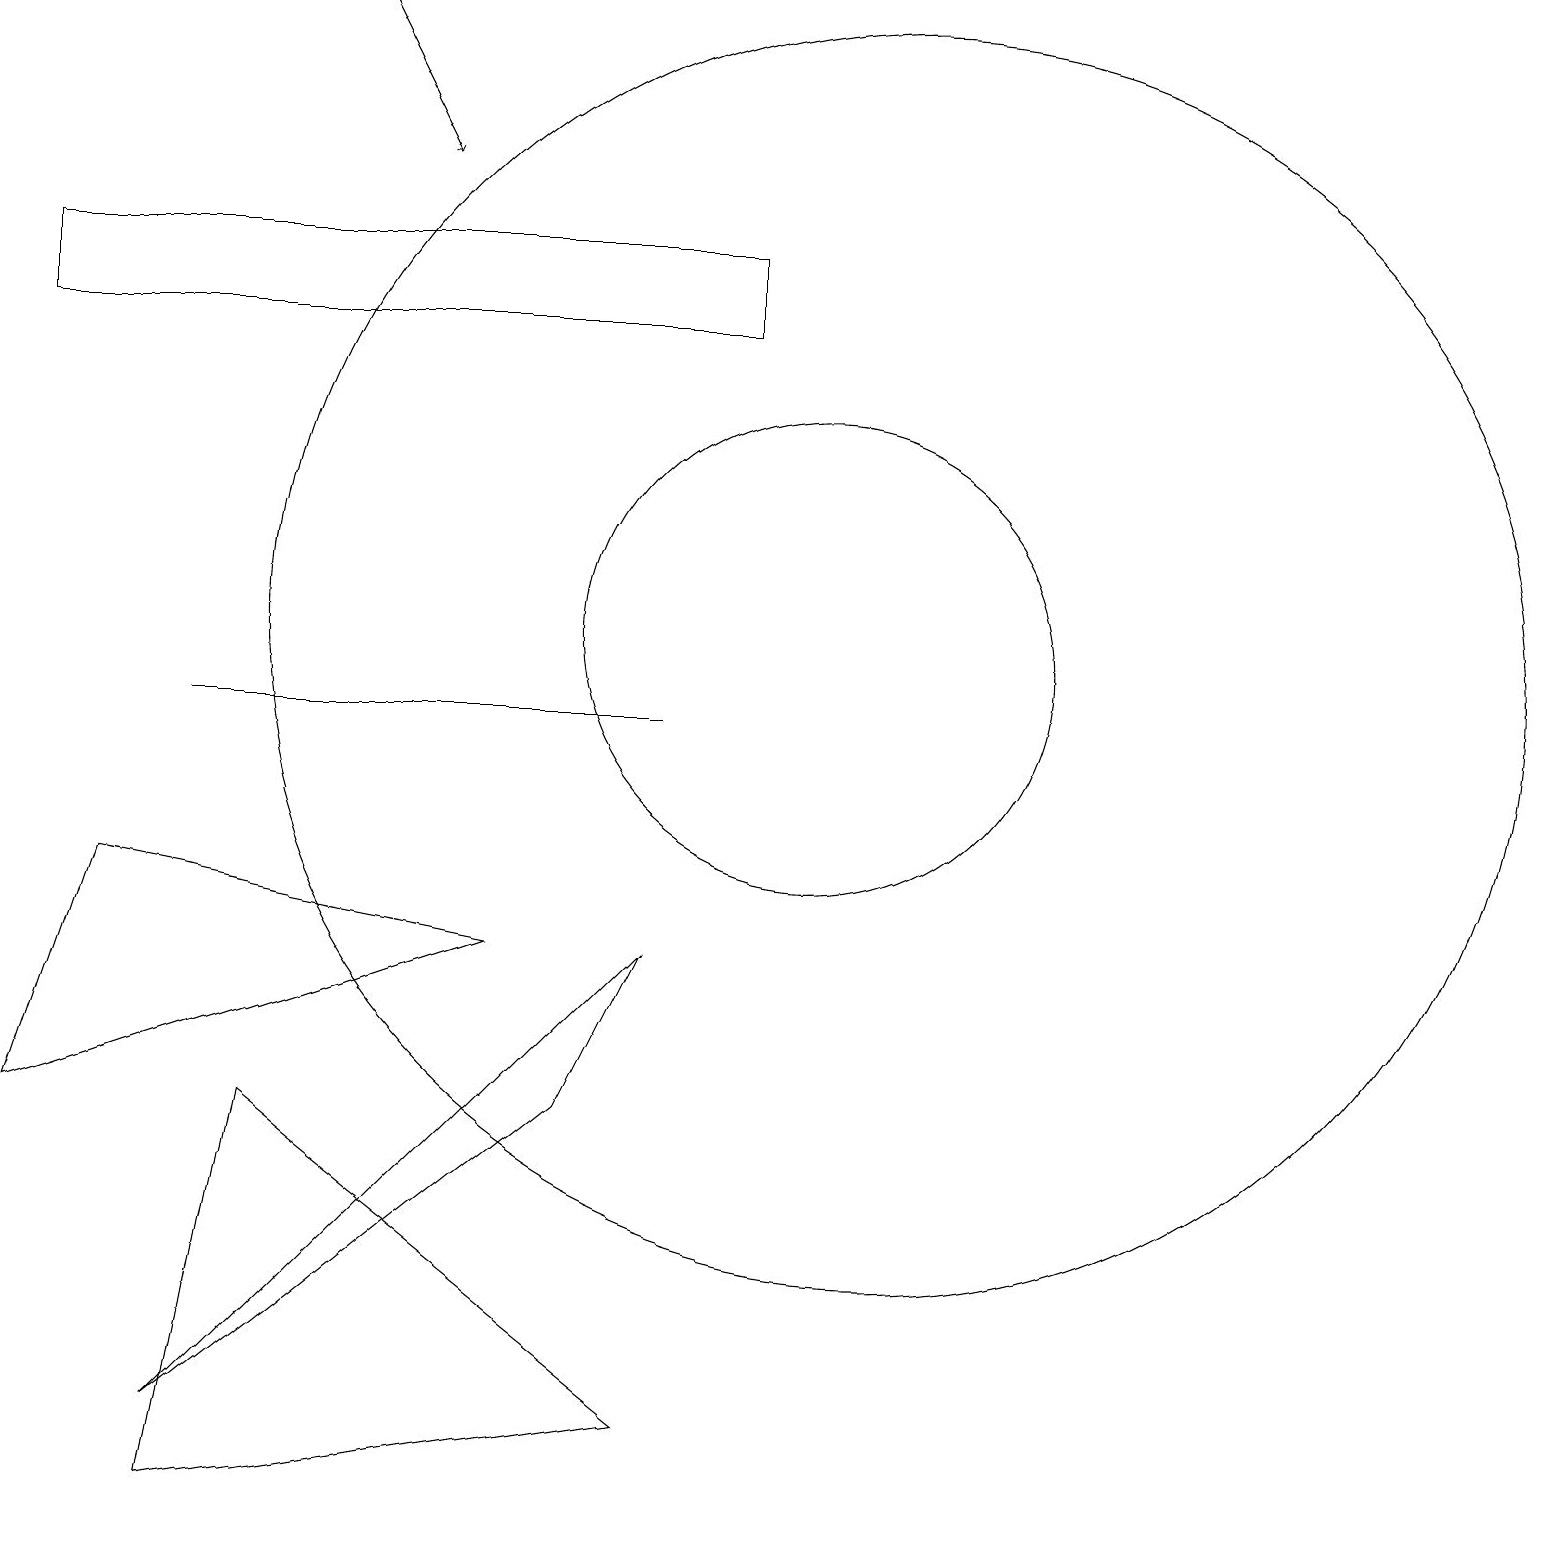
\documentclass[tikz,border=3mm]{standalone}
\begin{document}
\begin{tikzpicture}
\draw (6,7) -- (1,8) -- (0,5) -- cycle;
\draw (3,5) -- (2,0) -- (8,1) -- cycle;
\draw (8,10) rectangle (2,10);
\draw (10,11) circle (3);
\draw (2,1) -- (8,7) -- (7,5) -- cycle;
\draw (11,11) circle (8);
\draw (0,16) rectangle (9,15);
\draw[->] (4,19) -- (5,17);
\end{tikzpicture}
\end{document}